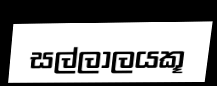
සල්ලාලයකූ